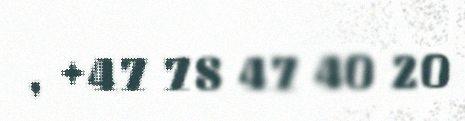
, +47 78 47 40 20